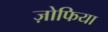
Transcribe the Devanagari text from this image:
ज़ोफिया